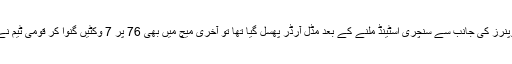
اگر دوسرے میچ میں اوپنرز کی جانب سے سنچری اسٹینڈ ملنے کے بعد مڈل آرڈر پھسل گیا تھا تو آخری میچ میں بھی 76 پر 7 وکٹیں گنوا کر قومی ٹیم نے شکست کو گلے لگایا۔